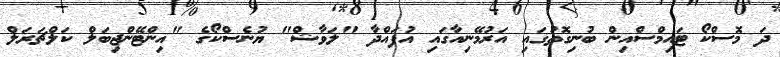
ދަ މޮސްކޯ ޓައިމްސްއިން ބުނިގޮތުގައި އަރުމޭނިއާގައި އުފައްދާ "ލަވާޝް" ޔުނެސްކޯގެ "އިންޓޭންޖިބަލް ކަލްޗަރަލް